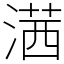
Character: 𣺋